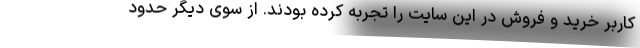
کاربر خرید و فروش در این سایت را تجربه کرده بودند. از سوی دیگر حدود